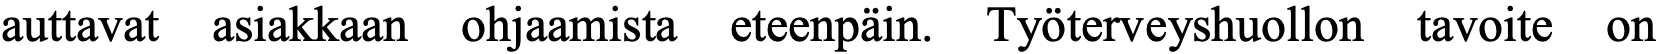
auttavat asiakkaan ohjaamista eteenpäin. Työterveyshuollon tavoite on